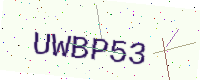
Text: UWBP53